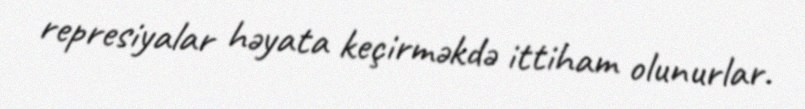
represiyalar həyata keçirməkdə ittiham olunurlar.